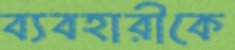
ব্যবহারীকে